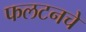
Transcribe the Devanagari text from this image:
फलटनचे